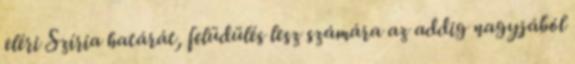
eléri Szíria határát, felüdülés lesz számára az addig nagyjából